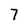
Character: 7